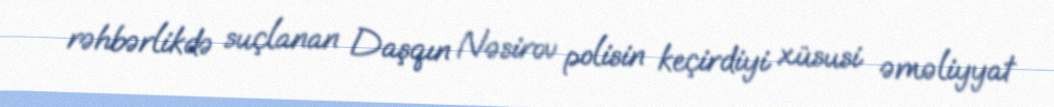
rəhbərlikdə suçlanan Daşqın Nəsirov polisin keçirdiyi xüsusi əməliyyat